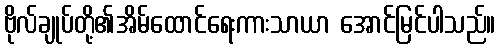
ဗိုလ်ချုပ်တို့၏အိမ်ထောင်ရေးကားသာယာ အောင်မြင်ပါသည်။